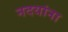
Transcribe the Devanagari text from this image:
नदयांना